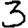
Digit: 3